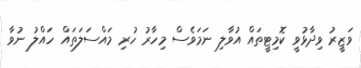
ވަޒީރު ވިދާޅުވީ ކޮމިޓީތައް އުވާލި ނަމަވެސް މިހާރު ހުރި މައްސަލަތައް ހައްލު ނުވާ